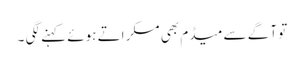
تو آگے سے میڈم بھی مسکراتے ہوئے کہنے لگی ۔